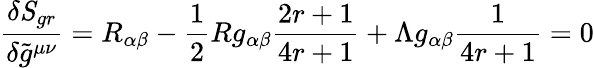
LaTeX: \frac{\delta{\mathit S}_{gr}}{\delta\tilde{g}^{\mu\nu}}=R_{\alpha\beta}-\frac{1}{2}Rg_{\alpha\beta}\frac{2r+1}{4r+1}+\Lambda g_{\alpha\beta}\frac{1}{4r+1}=0